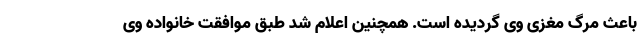
باعث مرگ مغزی وی گردیده است. همچنین اعلام شد طبق موافقت خانواده وی